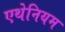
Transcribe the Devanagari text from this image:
एथेनियम